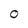
Character: 0